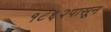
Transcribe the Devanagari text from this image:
१८६२पासून